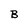
Character: B